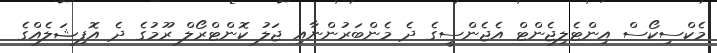
މެކްސިކޯސް އިންޓެލިޖެންޓް އެޖެންސީގެ ދެ މެންބަރުންނާއި ޖަލު ކޮންޓްރޯލް ރޫމުގެ ދެ އޮފިޝަލެއްގެ